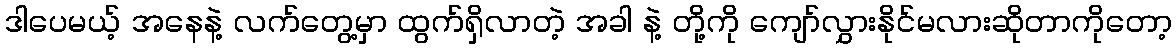
ဒါပေမယ့် အနေနဲ့ လက်တွေ့မှာ ထွက်ရှိလာတဲ့ အခါ နဲ့ တို့ကို ကျော်လွှားနိုင်မလားဆိုတာကိုတော့